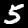
Digit: 5